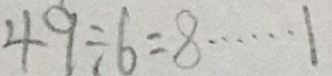
4 9 \div 6 = 8 \cdots 1